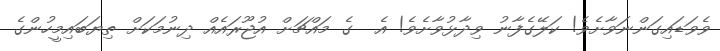
ވެވަޑައިގަންނަވާށެވެ! ކަލޭގެފާނު ވިދާޅުވާށެވެ! އެ  ގެ މައްޗަށް އުޖޫރައެއް ދިނުމަކަށް ތިޔަބައިމީހުންގެ